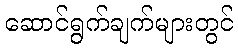
ဆောင်ရွက်ချက်များတွင်